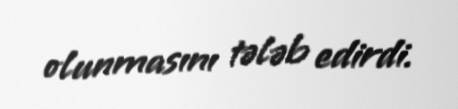
olunmasını tələb edirdi.